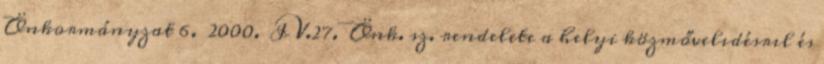
Önkormányzat 6. 2000. IV.27. Önk. sz. rendelete a helyi közmővelıdésrıl és